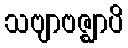
သဗျာဗဇ္ဈာပိ